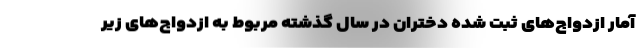
آمار ازدواج‌های ثبت شده دختران در سال گذشته مربوط به ازدواج‌های زیر